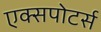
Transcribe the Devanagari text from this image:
एक्सपोटर्स